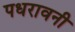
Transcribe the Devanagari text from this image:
पधरावनी